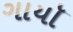
ગાયૉ